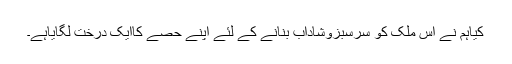
کیاہم نے اس ملک کو سرسبزوشاداب بنانے کے لئے اپنے حصے کاایک درخت لگایاہے۔